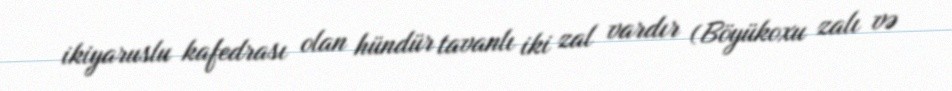
ikiyaruslu kafedrası olan hündür tavanlı iki zal vardır (Böyükoxu zalı və